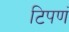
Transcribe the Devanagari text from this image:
टिपणं